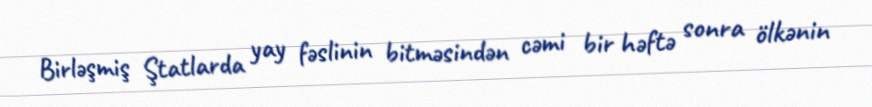
Birləşmiş Ştatlarda yay fəslinin bitməsindən cəmi bir həftə sonra ölkənin